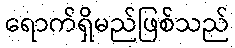
ရောက်ရှိမည်ဖြစ်သည်